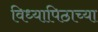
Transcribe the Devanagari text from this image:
विध्यापिठाच्या